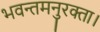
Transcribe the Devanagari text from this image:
भवन्तमनुरक्ता।